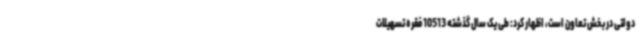
دولتی در بخش تعاون است، اظهار کرد: طی یک سال گذشته 10513 فقره تسهیلات